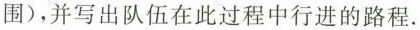
围)，并写出队伍在此过程中行进的路程。